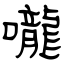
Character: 嚨